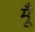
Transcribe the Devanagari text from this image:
मूँ